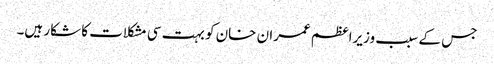
جس کے سبب وزیراعظم عمران خان کو بہت سی مشکلات کا شکار ہیں۔